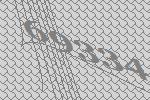
69334